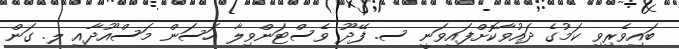
ބައިވެރިވި ކަމުގެ ދައުވާކޮށްފައިވަނީ ސ. ފޭދޫ ވެސްޓަންވިލާ ހަސަން މަސްއޫދާއި ލ. ގަން